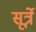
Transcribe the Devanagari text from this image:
सूर्त्रे